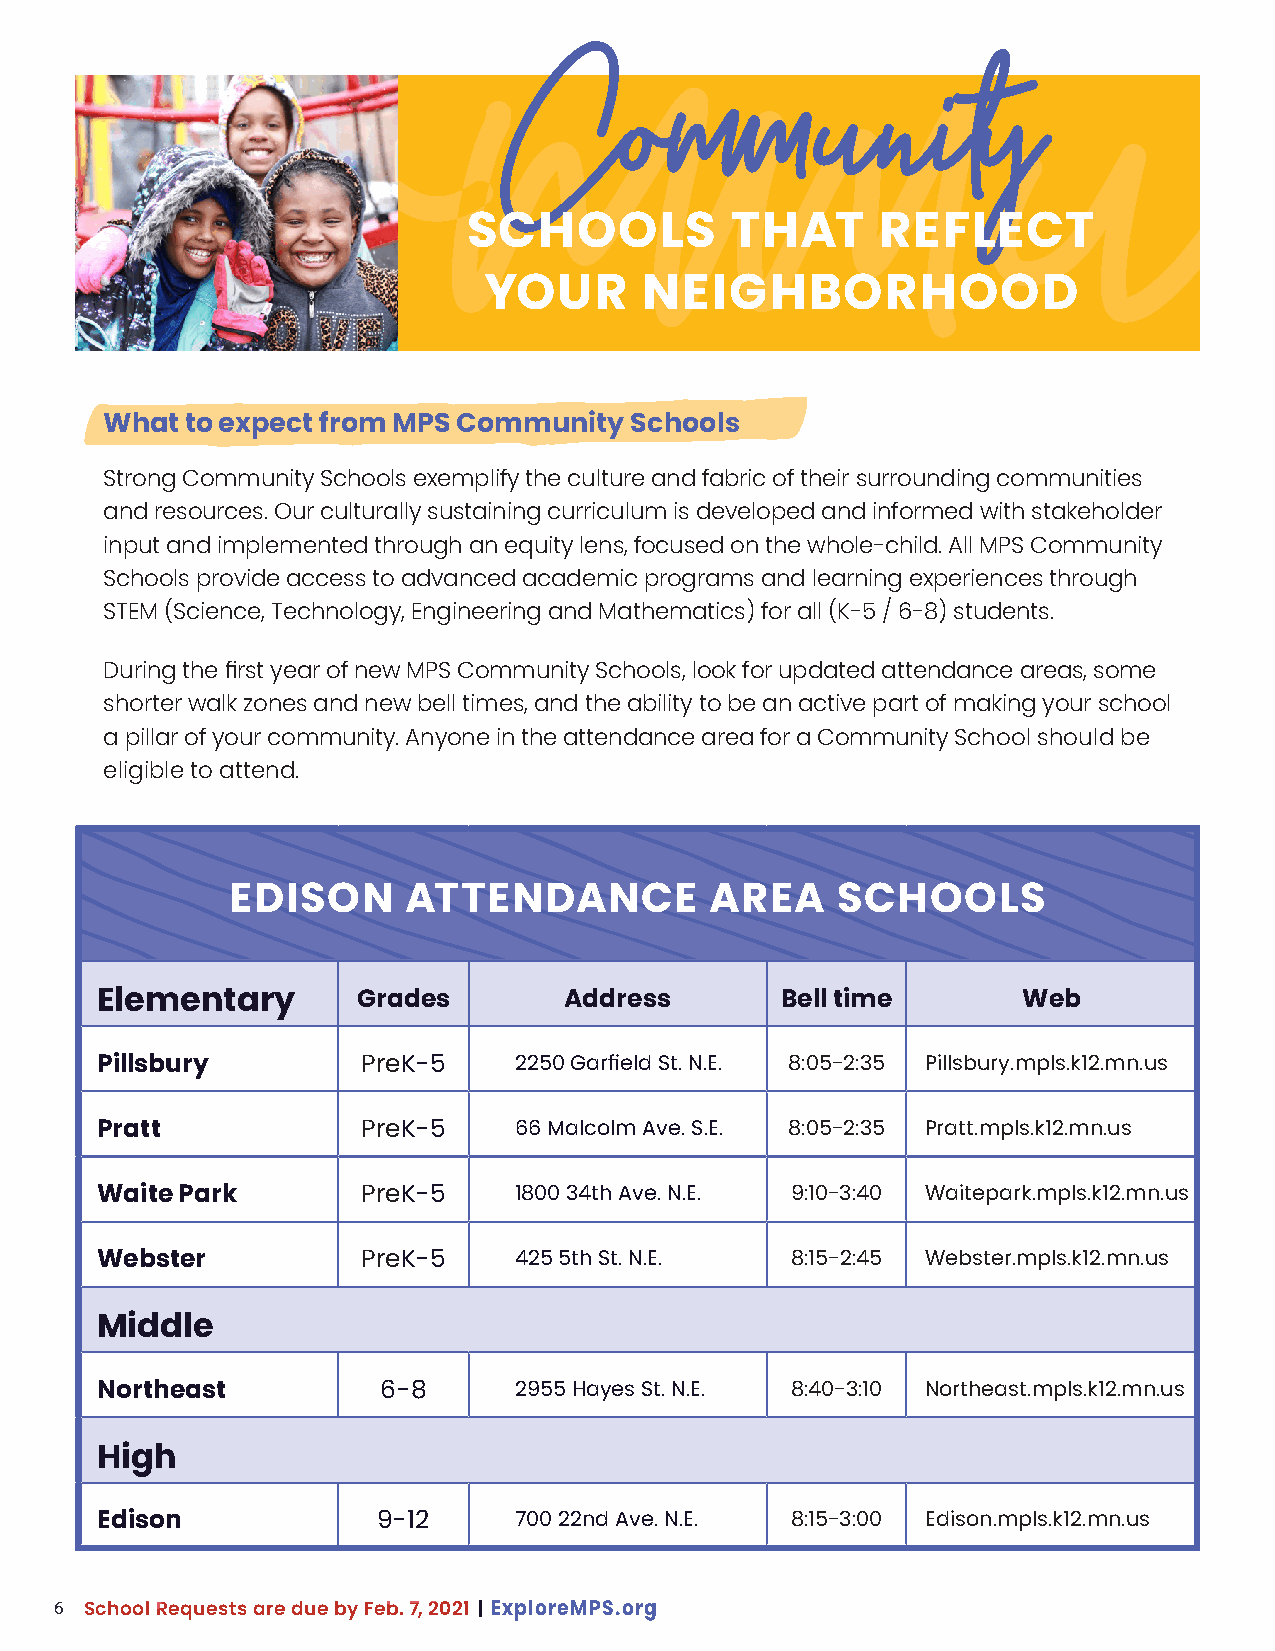
CCoommmmuunniittyy
 SCHOOLS          THAT      REFLECT
 YOUR       NEIGHBORHOOD
 What to expect from MPS Community  Schools
 Strong Community Schools exemplify the culture and fabric of their surrounding communities
 and resources. Our culturally sustaining curriculum is developed and informed with stakeholder
 input and implemented through an equity lens, focused on the whole-child. All MPS Community
 Schools provide access to advanced academic programs and learning experiences through
 STEM (Science, Technology, Engineering and Mathematics) for all (K-5 / 6-8) students.
 During the first year of new MPS Community Schools, look for updated attendance areas, some
 shorter walk zones and new bell times, and the ability to be an active part of making your school
 a pillar of your community. Anyone in the attendance area for a Community School should be
 eligible to attend.
 EDISON      ATTENDANCE          AREA    SCHOOLS
 Elementary        Grades       Address        Bell time       Web
 Pillsbury         PreK-5    2250 Garfield St. N.E. 8:05-2:35 Pillsbury.mpls.k12.mn.us
 Pratt             PreK-5    66 Malcolm Ave. S.E. 8:05-2:35 Pratt.mpls.k12.mn.us
 Waite Park        PreK-5    1800 34th Ave. N.E. 9:10-3:40 Waitepark.mpls.k12.mn.us
 Webster           PreK-5    425 5th St. N.E.  8:15-2:45 Webster.mpls.k12.mn.us
 Middle
 Northeast          6-8      2955 Hayes St. N.E. 8:40-3:10 Northeast.mpls.k12.mn.us
 High
 Edison             9-12     700 22nd Ave. N.E. 8:15-3:00 Edison.mpls.k12.mn.us
 6
 School Requests are due by Feb. 7, 2021 | ExploreMPS.org